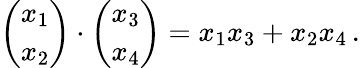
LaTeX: {\binom{x_{1}}{x_{2}}}\cdot{\binom{x_{3}}{x_{4}}}=x_{1}x_{3}+x_{2}x_{4}\, .